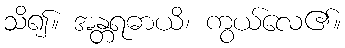
သိ၍။ အန္တရဓာယိ၊ ကွယ်လေ၏။